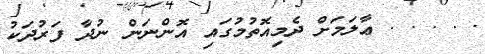
. . . . . ޢާލަމަށް ދެމިއޮތުމުގައި އޮންނަން ނުދާ ފަރުދަކު